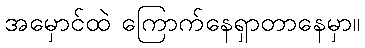
အမှောင်ထဲ ကြောက်နေရှာတာနေမှာ။